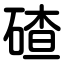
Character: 碴